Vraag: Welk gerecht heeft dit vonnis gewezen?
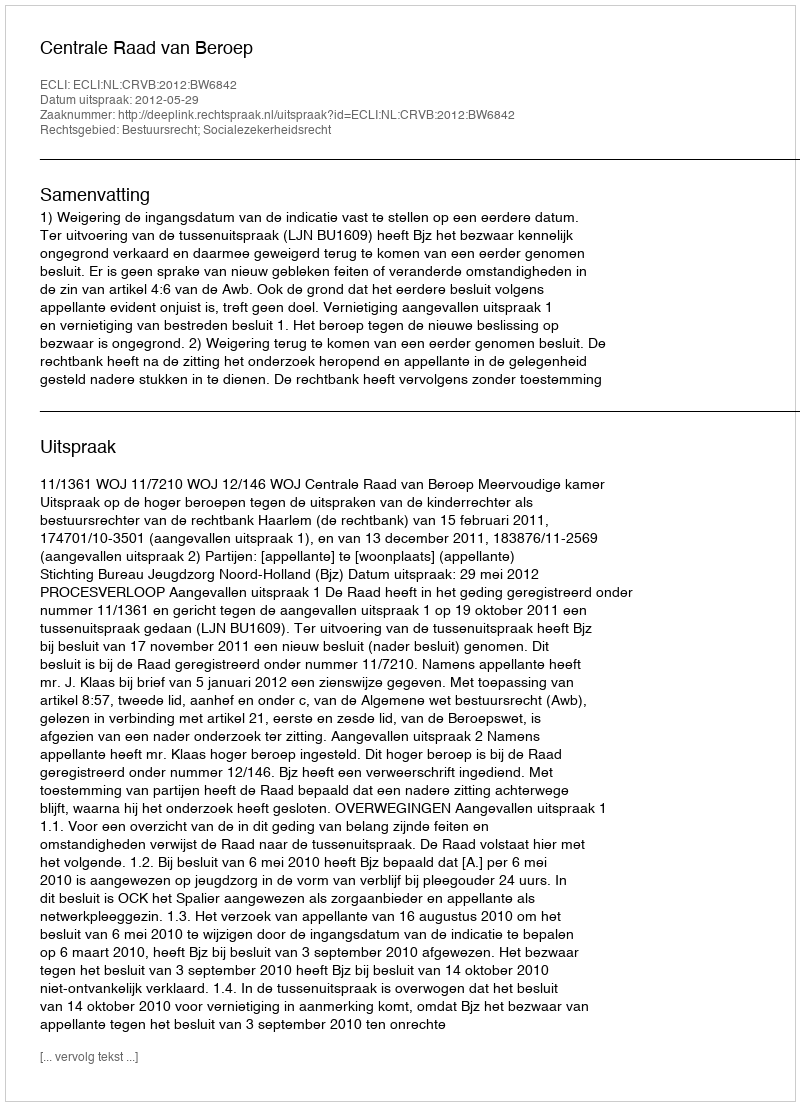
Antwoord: Centrale Raad van Beroep